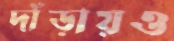
দাঁড়ায়ও